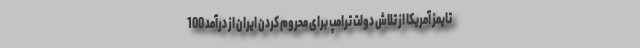
تایمز آمریکا از تلاش دولت ترامپ برای محروم کردن ایران از درآمد 100